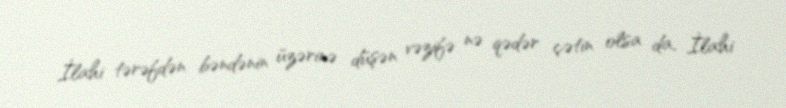
İlahi tərəfdən bəndənin üzərinə düşən vəzifə nə qədər çətin olsa da, İlahi